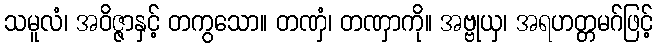
သမူလံ၊ အဝိဇ္ဇာနှင့် တကွသော။ တဏှံ၊ တဏှာကို။ အဗ္ဗုယှ၊ အရဟတ္တမဂ်ဖြင့်